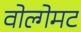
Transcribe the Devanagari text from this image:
वोल्गेमट